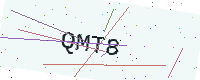
Text: QMT8